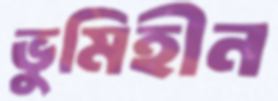
ভুমিহীন